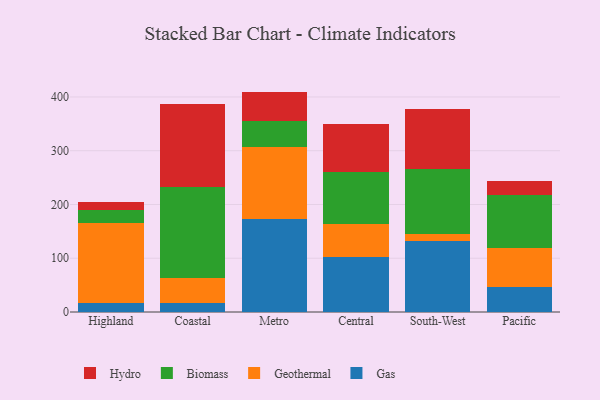
{"axis": {"x": "Region", "y": "Active Users"}, "legend": ["Biomass", "Gas", "Geothermal", "Hydro"], "data": [{"x": "Highland", "y": 16.9, "type": "Gas"}, {"x": "Highland", "y": 148.4, "type": "Geothermal"}, {"x": "Highland", "y": 24.3, "type": "Biomass"}, {"x": "Highland", "y": 15.4, "type": "Hydro"}, {"x": "Coastal", "y": 15.9, "type": "Gas"}, {"x": "Coastal", "y": 46.9, "type": "Geothermal"}, {"x": "Coastal", "y": 170.4, "type": "Biomass"}, {"x": "Coastal", "y": 153.8, "type": "Hydro"}, {"x": "Metro", "y": 173.6, "type": "Gas"}, {"x": "Metro", "y": 134.2, "type": "Geothermal"}, {"x": "Metro", "y": 46.7, "type": "Biomass"}, {"x": "Metro", "y": 55.5, "type": "Hydro"}, {"x": "Central", "y": 101.8, "type": "Gas"}, {"x": "Central", "y": 62.6, "type": "Geothermal"}, {"x": "Central", "y": 96.7, "type": "Biomass"}, {"x": "Central", "y": 89.4, "type": "Hydro"}, {"x": "South-West", "y": 132.5, "type": "Gas"}, {"x": "South-West", "y": 12.2, "type": "Geothermal"}, {"x": "South-West", "y": 120.4, "type": "Biomass"}, {"x": "South-West", "y": 112.6, "type": "Hydro"}, {"x": "Pacific", "y": 46.0, "type": "Gas"}, {"x": "Pacific", "y": 73.1, "type": "Geothermal"}, {"x": "Pacific", "y": 99.1, "type": "Biomass"}, {"x": "Pacific", "y": 26.1, "type": "Hydro"}]}